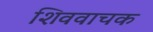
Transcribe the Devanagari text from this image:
शिववाचक